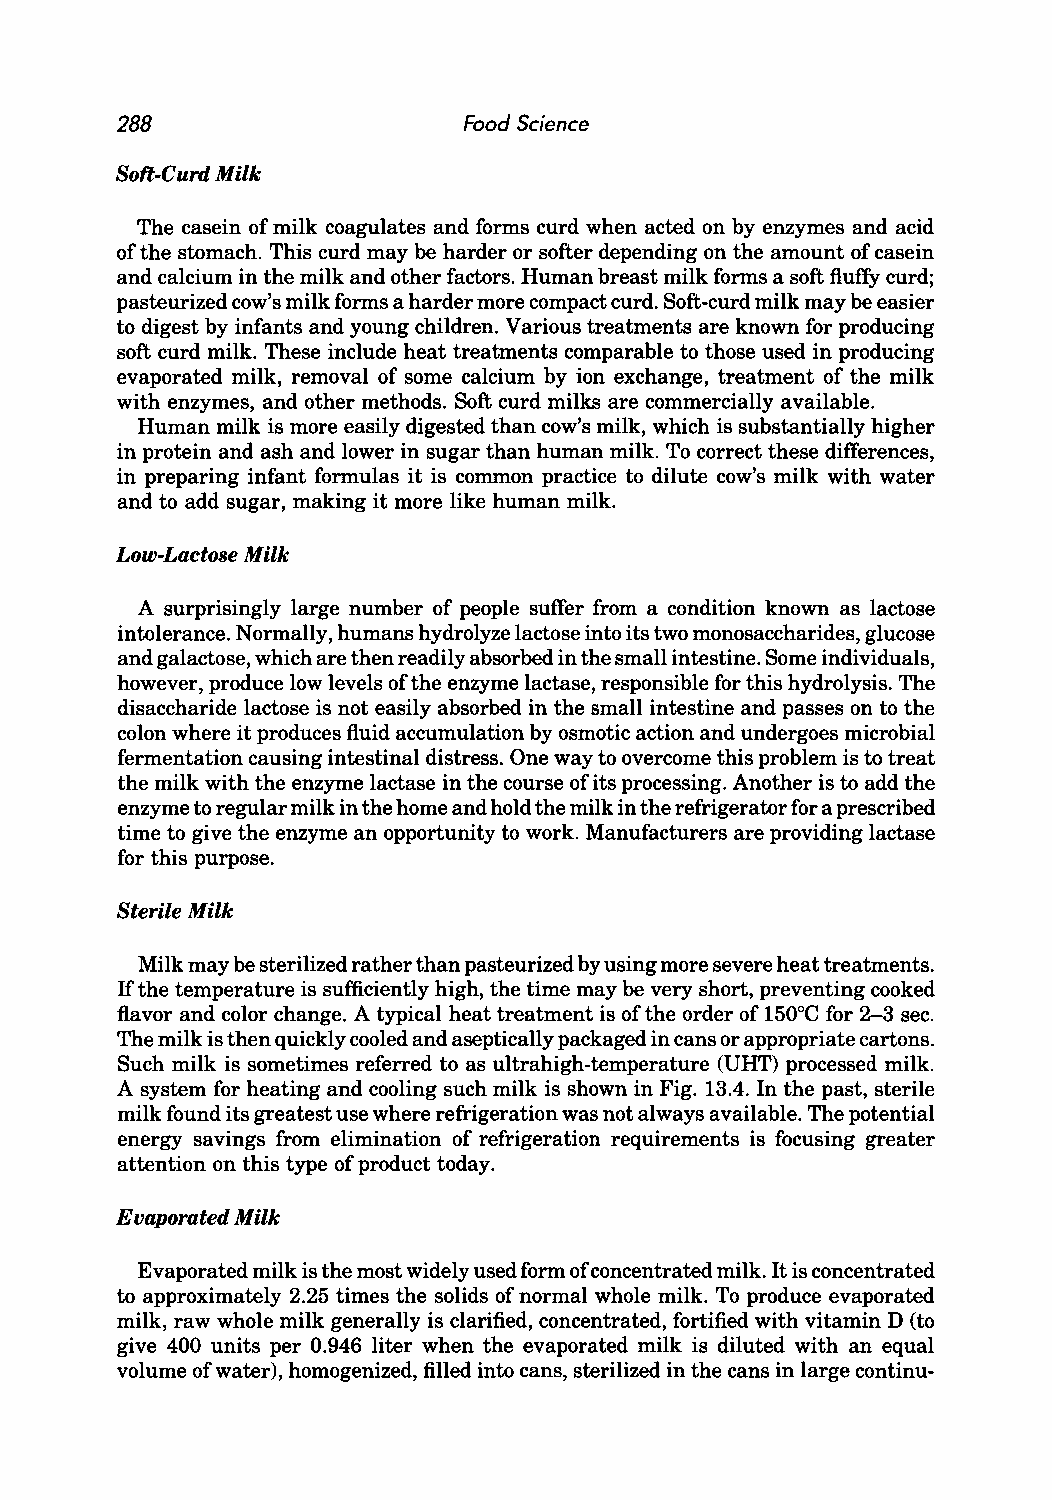
288                    Food Science
 Soft-Curd Milk
 The casein of milk coagulates and forms curd when acted on by enzymes and acid
 of the stomach. This curd may be harder or softer depending on the amount of casein
 and calcium in the milk and other factors. Human breast milk forms a soft fluffy curd;
 pasteurized cow's milk forms a harder more compact curd. Soft-curd milk may be easier
 to digest by infants and young children. Various treatments are known for producing
 soft curd milk. These include heat treatments comparable to those used in producing
 evaporated milk, removal of some calcium by ion exchange, treatment of the milk
 with enzymes, and other methods. Soft curd milks are commercially available.
 Human milk is more easily digested than cow's milk, which is substantially higher
 in protein and ash and lower in sugar than human milk. To correct these differences,
 in preparing infant formulas it is common practice to dilute cow's milk with water
 and to add sugar, making it more like human milk.
 Low-Lactose Milk
 A surprisingly large number of people suffer from a condition known as lactose
 intolerance. Normally, humans hydrolyze lactose into its two monosaccharides, glucose
 and galactose, which are then readily absorbed in the small intestine. Some individuals,
 however, produce low levels of the enzyme lactase, responsible for this hydrolysis. The
 disaccharide lactose is not easily absorbed in the small intestine and passes on to the
 colon where it produces fluid accumulation by osmotic action and undergoes microbial
 fermentation causing intestinal distress. One way to overcome this problem is to treat
 the milk with the enzyme lactase in the course of its processing. Another is to add the
 enzyme to regular milk in the home and hold the milk in the refrigerator for a prescribed
 time to give the enzyme an opportunity to work. Manufacturers are providing lactase
 for this purpose.
 Sterile Milk
 Milk may be sterilized rather than pasteurized by using more severe heat treatments.
 If the temperature is sufficiently high, the time may be very short, preventing cooked
 flavor and color change. A typical heat treatment is of the order of 150°C for 2-3 sec.
 The milk is then quickly cooled and aseptically packaged in cans or appropriate cartons.
 Such milk is sometimes referred to as ultrahigh-temperature (UHT) processed milk.
 A system for heating and cooling such milk is shown in Fig. 13.4. In the past, sterile
 milk found its greatest use where refrigeration was not always available. The potential
 energy savings from elimination of refrigeration requirements is focusing greater
 attention on this type of product today.
 Evaporated Milk
 Evaporated milk is the most widely used form of concentrated milk. It is concentrated
 to approximately 2.25 times the solids of normal whole milk. To produce evaporated
 milk, raw whole milk generally is clarified, concentrated, fortified with vitamin D (to
 give 400 units per 0.946 liter when the evaporated milk is diluted with an equal
 volume of water), homogenized, filled into cans, sterilized in the cans in large continu-